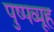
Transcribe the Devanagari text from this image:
पुष्पव्यूह